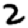
Digit: 2